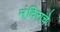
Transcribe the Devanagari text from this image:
म्ंदिराचे